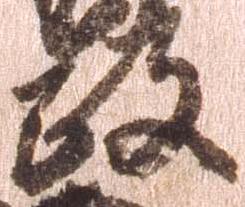
政